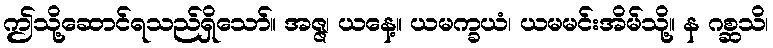
ဤသို့ဆောင်ရသည်ရှိသော်။ အဇ္ဇ၊ ယနေ့။ ယမက္ခယံ၊ ယမမင်းအိမ်သို့။ န ဂစ္ဆသိ၊